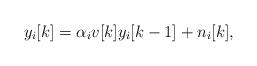
LaTeX: \begin{align*}y_i[k]=\alpha_i v[k] y_i[k-1]+n_i[k],\end{align*}